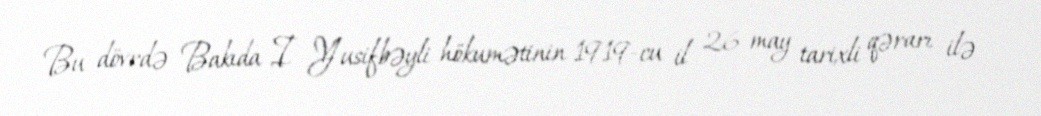
Bu dövrdə Bakıda I Yusifbəyli hökumətinin 1919-cu il 26 may tarixli qərarı ilə